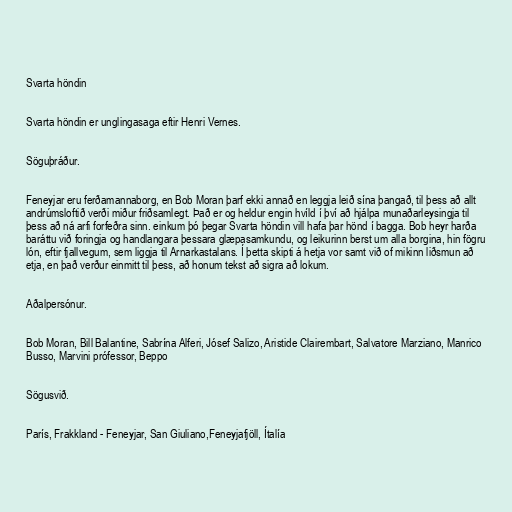
Svarta höndin

Svarta höndin er unglingasaga eftir Henri Vernes.

Söguþráður.

Feneyjar eru ferðamannaborg, en Bob Moran þarf ekki annað en leggja leið sína þangað, til þess að allt
andrúmsloftið verði miður friðsamlegt. Það er og heldur engin hvíld í því að hjálpa munaðarleysingja til
þess að ná arfi forfeðra sinn. einkum þó þegar Svarta höndin vill hafa þar hönd í bagga. Bob heyr harða
baráttu við foringja og handlangara þessara glæpasamkundu, og leikurinn berst um alla borgina, hin fögru
lón, eftir fjallvegum, sem liggja til Arnarkastalans. Í þetta skipti á hetja vor samt við of mikinn liðsmun að
etja, en það verður einmitt til þess, að honum tekst að sigra að lokum.

Aðalpersónur.

Bob Moran, Bill Balantine, Sabrína Alferi, Jósef Salizo, Aristide Clairembart, Salvatore Marziano, Manrico
Busso, Marvini prófessor, Beppo

Sögusvið.

París, Frakkland - Feneyjar, San Giuliano,Feneyjafjöll, Ítalía